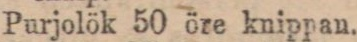
Purjolök 50 öre knippan.